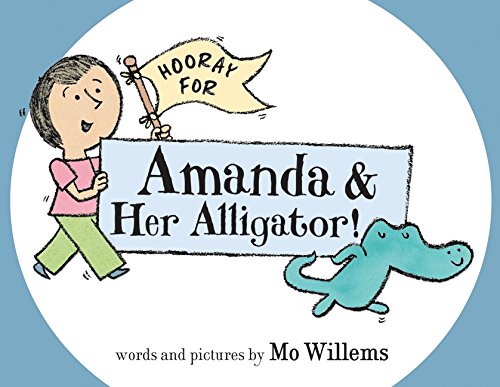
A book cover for Hooray for Amanda & Her Alligator!; Mo Willems; Children's Books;